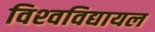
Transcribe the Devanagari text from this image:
विश्‍वविद्यायल